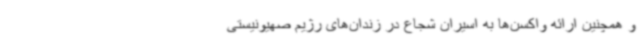
و همچنین ارائه واکسن‌ها به اسیران شجاع در زندان‌های رژیم صهیونیستی